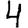
Digit: 4